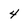
Character: 4